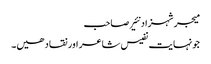
میجر شہزاد نئیر صاحب
جونہایت نفیس شاعر اور نقاد ھیں۔